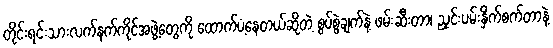
တိုင်းရင်းသားလက်နက်ကိုင်အဖွဲ့တွေကို ထောက်ပံ့နေတယ်ဆိုတဲ့ စွပ်စွဲချက်နဲ့ ဖမ်းဆီးတာ၊ ညှင်းပမ်းနှိက်စက်တာနဲ့